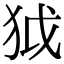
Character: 狘